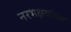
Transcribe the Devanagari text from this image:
नरभक्षकांच्या